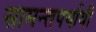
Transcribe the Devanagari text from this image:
सामन्तपर्यायी